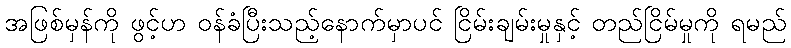
အဖြစ်မှန်ကို ဖွင့်ဟ ဝန်ခံပြီးသည့်နောက်မှာပင် ငြိမ်းချမ်းမှုနှင့် တည်ငြိမ်မှုကို ရမည်